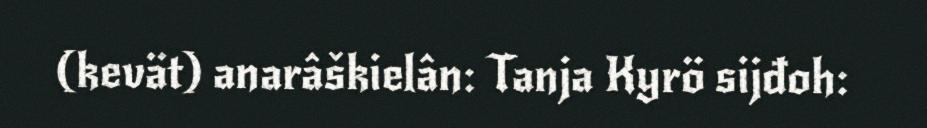
(kevät) anarâškielân: Tanja Kyrö sijđoh: